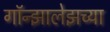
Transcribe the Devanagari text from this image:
गॉन्झालेझच्या